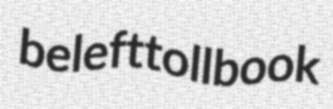
beleft tollbook